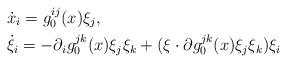
LaTeX: \begin{align*}& \dot x_i = g_0^{ij} (x) \xi_j, \\& \dot \xi_i = -\partial_i g_0^{jk}(x) \xi_j \xi_k + (\xi\cdot\partial g_0^{jk}(x)\xi_j\xi_k)\xi_i \end{align*}